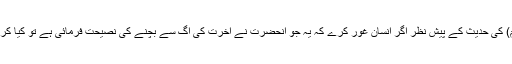
نتیجہ: حضرت امام محمد تقی (علیہ السلام) کی حدیث کے پیش نظر اگر انسان غور کرے کہ یہ جو آنحضرت نے آخرت کی آگ سے بچنے کی نصیحت فرمائی ہے تو کیا کرنا چاہیے کہ اس آگ سے انسان بچ جائے۔